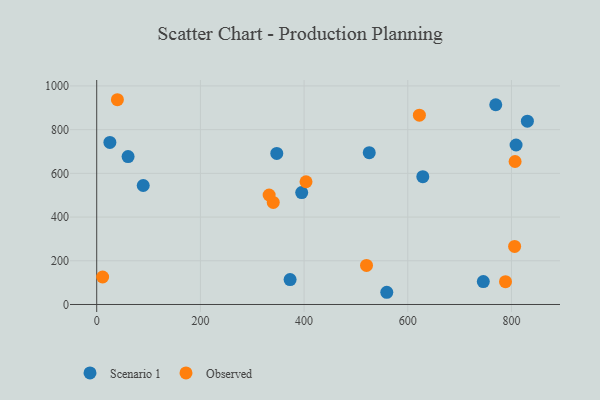
{"axis": {"x": "Investment", "y": "Yield"}, "legend": ["Observed", "Scenario 1"], "data": [{"x": "808.9", "y": 729.7, "type": "Scenario 1"}, {"x": "745.7", "y": 104.9, "type": "Scenario 1"}, {"x": "559.5", "y": 55.9, "type": "Scenario 1"}, {"x": "830.7", "y": 838.9, "type": "Scenario 1"}, {"x": "89.7", "y": 544.4, "type": "Scenario 1"}, {"x": "25.4", "y": 741.7, "type": "Scenario 1"}, {"x": "769.7", "y": 913.9, "type": "Scenario 1"}, {"x": "60.5", "y": 676.6, "type": "Scenario 1"}, {"x": "395.4", "y": 511.9, "type": "Scenario 1"}, {"x": "373.0", "y": 114.2, "type": "Scenario 1"}, {"x": "629.0", "y": 584.8, "type": "Scenario 1"}, {"x": "525.7", "y": 694.5, "type": "Scenario 1"}, {"x": "347.3", "y": 691.0, "type": "Scenario 1"}, {"x": "39.9", "y": 936.9, "type": "Observed"}, {"x": "807.0", "y": 654.2, "type": "Observed"}, {"x": "806.1", "y": 265.7, "type": "Observed"}, {"x": "520.4", "y": 178.9, "type": "Observed"}, {"x": "340.5", "y": 467.2, "type": "Observed"}, {"x": "622.4", "y": 866.2, "type": "Observed"}, {"x": "403.7", "y": 561.7, "type": "Observed"}, {"x": "11.4", "y": 125.9, "type": "Observed"}, {"x": "332.6", "y": 500.9, "type": "Observed"}, {"x": "788.5", "y": 104.5, "type": "Observed"}]}